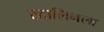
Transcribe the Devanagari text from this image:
स्टालिनला